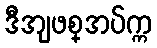
ဒီအျဖစ္အပ်က္က